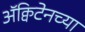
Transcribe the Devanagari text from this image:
ॲक्विटेनच्या